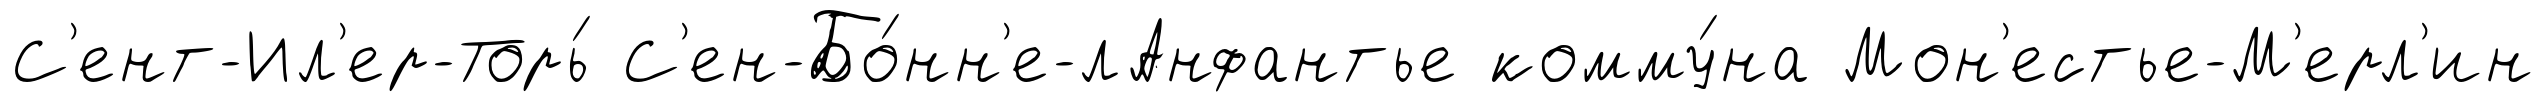
С'ент-Ил'ер-Торь́ С'ен-Бо́нн'е-лАнфантье комму́на Мон'естье-М'ерл'ин